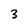
Character: 3